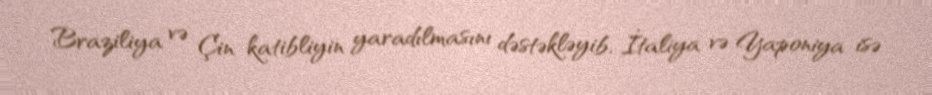
Braziliya və Çin katibliyin yaradılmasını dəstəkləyib, İtaliya və Yaponiya isə